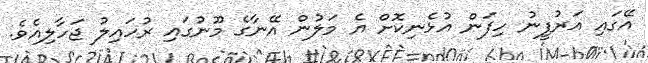
އޭގައި އަރުފީނު ހިފަން އުޅެނިކޮށް އެ މަލުން އޭނާގެ މޫނުގައި ރުހައިލު ޖަހާލިއެވެ.